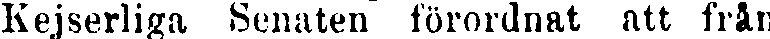
Kejserliga Senaten förordnat att från